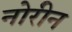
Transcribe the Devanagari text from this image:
नोरीन